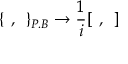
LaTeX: \{ \: \: , \: \: \} _ { P . B } \rightarrow \frac { 1 } { i } [ \: \: , \: \: ]